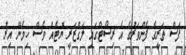
ފަސް ތަރީގެ ފެންވަރުގެ އެ ރިސޯޓްގައި ލަގްޒަރީ ޔޮޓެއް ވެސް ހިމެނޭ އިރު